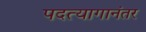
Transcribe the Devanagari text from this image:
पदत्यागानंतर